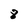
Character: 8